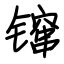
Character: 镩